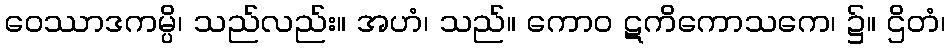
ဝေဿာဒကမ္ပိ၊ သည်လည်း။ အဟံ၊ သည်။ ကောဝ ဋကိကောသကေ၊ ၌။ ဌိတံ၊